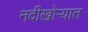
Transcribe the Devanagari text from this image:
नदीखोर्‍यात